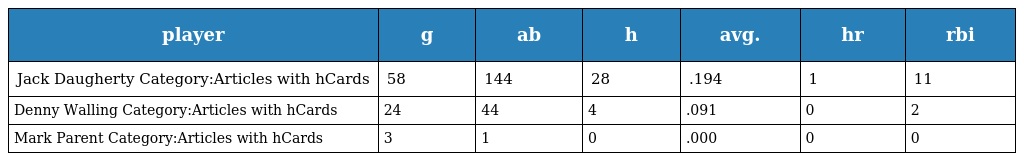
| player | g | ab | h | avg. | hr | rbi |
 | --- | --- | --- | --- | --- | --- | --- |
 | Jack Daugherty Category:Articles with hCards | 58 | 144 | 28 | .194 | 1 | 11 |
 | Denny Walling Category:Articles with hCards | 24 | 44 | 4 | .091 | 0 | 2 |
 | Mark Parent Category:Articles with hCards | 3 | 1 | 0 | .000 | 0 | 0 |